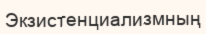
Экзистенциализмның